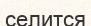
селится